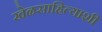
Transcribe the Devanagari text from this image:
खेळसाहित्याशी